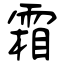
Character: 霜